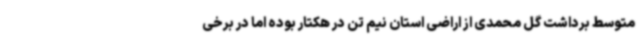
متوسط برداشت گل محمدی از اراضی استان نیم تن در هکتار بوده اما در برخی